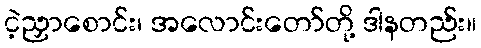
ငဲ့ညှာစောင်း၊ အလောင်းတော်တို့ ဒါနတည်း။